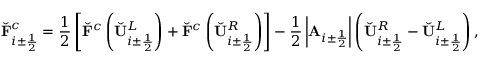
\check { \mathbf { F } } _ { i \pm \frac { 1 } { 2 } } ^ { c } = \frac { 1 } { 2 } \left[ \check { \mathbf { F } } ^ { c } \left( \check { \mathbf { U } } _ { i \pm \frac { 1 } { 2 } } ^ { L } \right) + \check { \mathbf { F } } ^ { c } \left( \check { \mathbf { U } } _ { i \pm \frac { 1 } { 2 } } ^ { R } \right) \right] - \frac { 1 } { 2 } \left| \mathbf { A } _ { i \pm \frac { 1 } { 2 } } \right| \left( \check { \mathbf { U } } _ { i \pm \frac { 1 } { 2 } } ^ { R } - \check { \mathbf { U } } _ { i \pm \frac { 1 } { 2 } } ^ { L } \right) ,